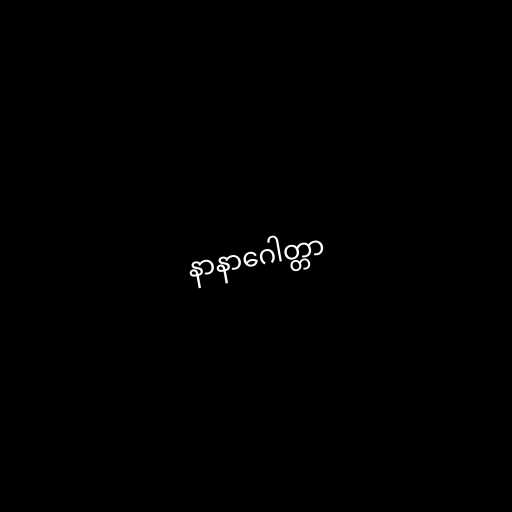
နာနာဂေါတ္တာ